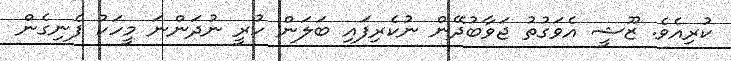
ކުރިއެވެ. ޒޫޝީ އެވަގުތު ޖަވާބުދޭން ނުކެރިފައި ބަލަން ހުރީ ނުދަންނަ މީހަކު ފެނިގެން